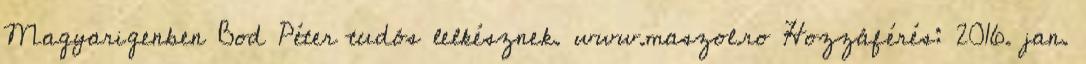
Magyarigenben Bod Péter tudós lelkésznek. www.maszol.ro Hozzáférés: 2016. jan.